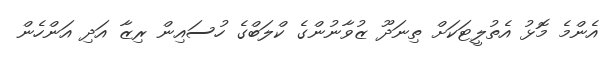
އެންމެ މޮޅު އެތުލީޓަކަށް ތިނަދޫ ޒުވާނުންގެ ކްލަބްގެ ހުސައިން ރިޒާ އަދި އަންހެން